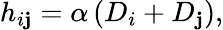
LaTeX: h_{i\mathbf{j}}=\alpha\left(D_{i}+D_{\mathbf{j}}\right),